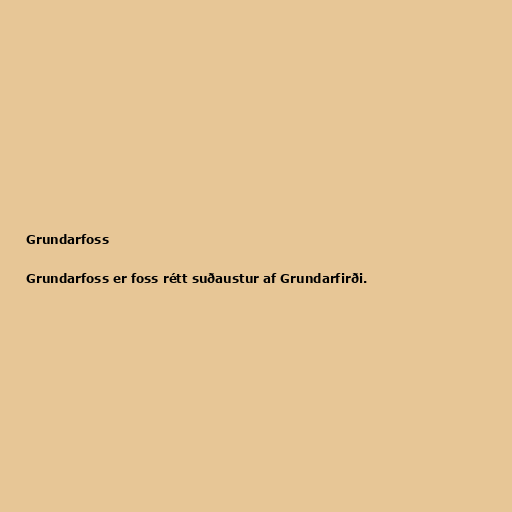
Grundarfoss

Grundarfoss er foss rétt suðaustur af Grundarfirði.